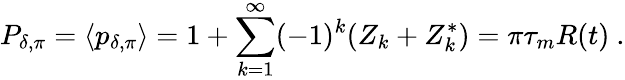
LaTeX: P_{\delta,\pi}=\langle p_{\delta,\pi}\rangle=1+\sum_{k=1}^{\infty}(-1)^{k}(Z_{k}+Z_{k}^{*})=\pi\tau_{m}R(t)\ .